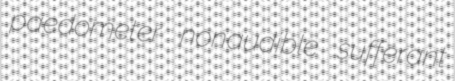
paedometer nonaudible sufferant